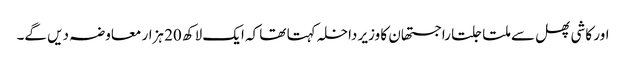
اور کاشی پھل سے ملتا جلتا راجستھان کا وزیر داخلہ کہتا تھا کہ ایک لاکھ 20 ہزار معاوضہ دیں گے۔